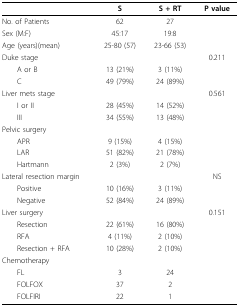
<table><thead><tr><td></td><td><b>S</b></td><td><b>S + RT</b></td><td><b>P value</b></td></tr></thead><tbody><tr><td>No. of Patients</td><td>62</td><td>27</td><td></td></tr><tr><td>Sex (M:F)</td><td>45:17</td><td>19:8</td><td></td></tr><tr><td>Age (years)(mean)</td><td>25-80 (57)</td><td>23-66 (53)</td><td></td></tr><tr><td>Duke stage</td><td></td><td></td><td>0.211</td></tr><tr><td> A or B</td><td>13 (21%)</td><td>3 (11%)</td><td></td></tr><tr><td> C</td><td>49 (79%)</td><td>24 (89%)</td><td></td></tr><tr><td>Liver mets stage</td><td></td><td></td><td>0.561</td></tr><tr><td> I or II</td><td>28 (45%)</td><td>14 (52%)</td><td></td></tr><tr><td> III</td><td>34 (55%)</td><td>13 (48%)</td><td></td></tr><tr><td>Pelvic surgery</td><td></td><td></td><td></td></tr><tr><td> APR</td><td>9 (15%)</td><td>4 (15%)</td><td></td></tr><tr><td> LAR</td><td>51 (82%)</td><td>21 (78%)</td><td></td></tr><tr><td> Hartmann</td><td>2 (3%)</td><td>2 (7%)</td><td></td></tr><tr><td>Lateral resection margin</td><td></td><td></td><td>NS</td></tr><tr><td> Positive</td><td>10 (16%)</td><td>3 (11%)</td><td></td></tr><tr><td> Negative</td><td>52 (84%)</td><td>24 (89%)</td><td></td></tr><tr><td>Liver surgery</td><td></td><td></td><td>0.151</td></tr><tr><td> Resection</td><td>22 (61%)</td><td>16 (80%)</td><td></td></tr><tr><td> RFA</td><td>4 (11%)</td><td>2 (10%)</td><td></td></tr><tr><td> Resection + RFA</td><td>10 (28%)</td><td>2 (10%)</td><td></td></tr><tr><td>Chemotherapy</td><td></td><td></td><td></td></tr><tr><td> FL</td><td>3</td><td>24</td><td></td></tr><tr><td> FOLFOX</td><td>37</td><td>2</td><td></td></tr><tr><td> FOLFIRI</td><td>22</td><td>1</td><td></td></tr></tbody></table>